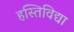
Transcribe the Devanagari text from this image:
हस्तिविद्या